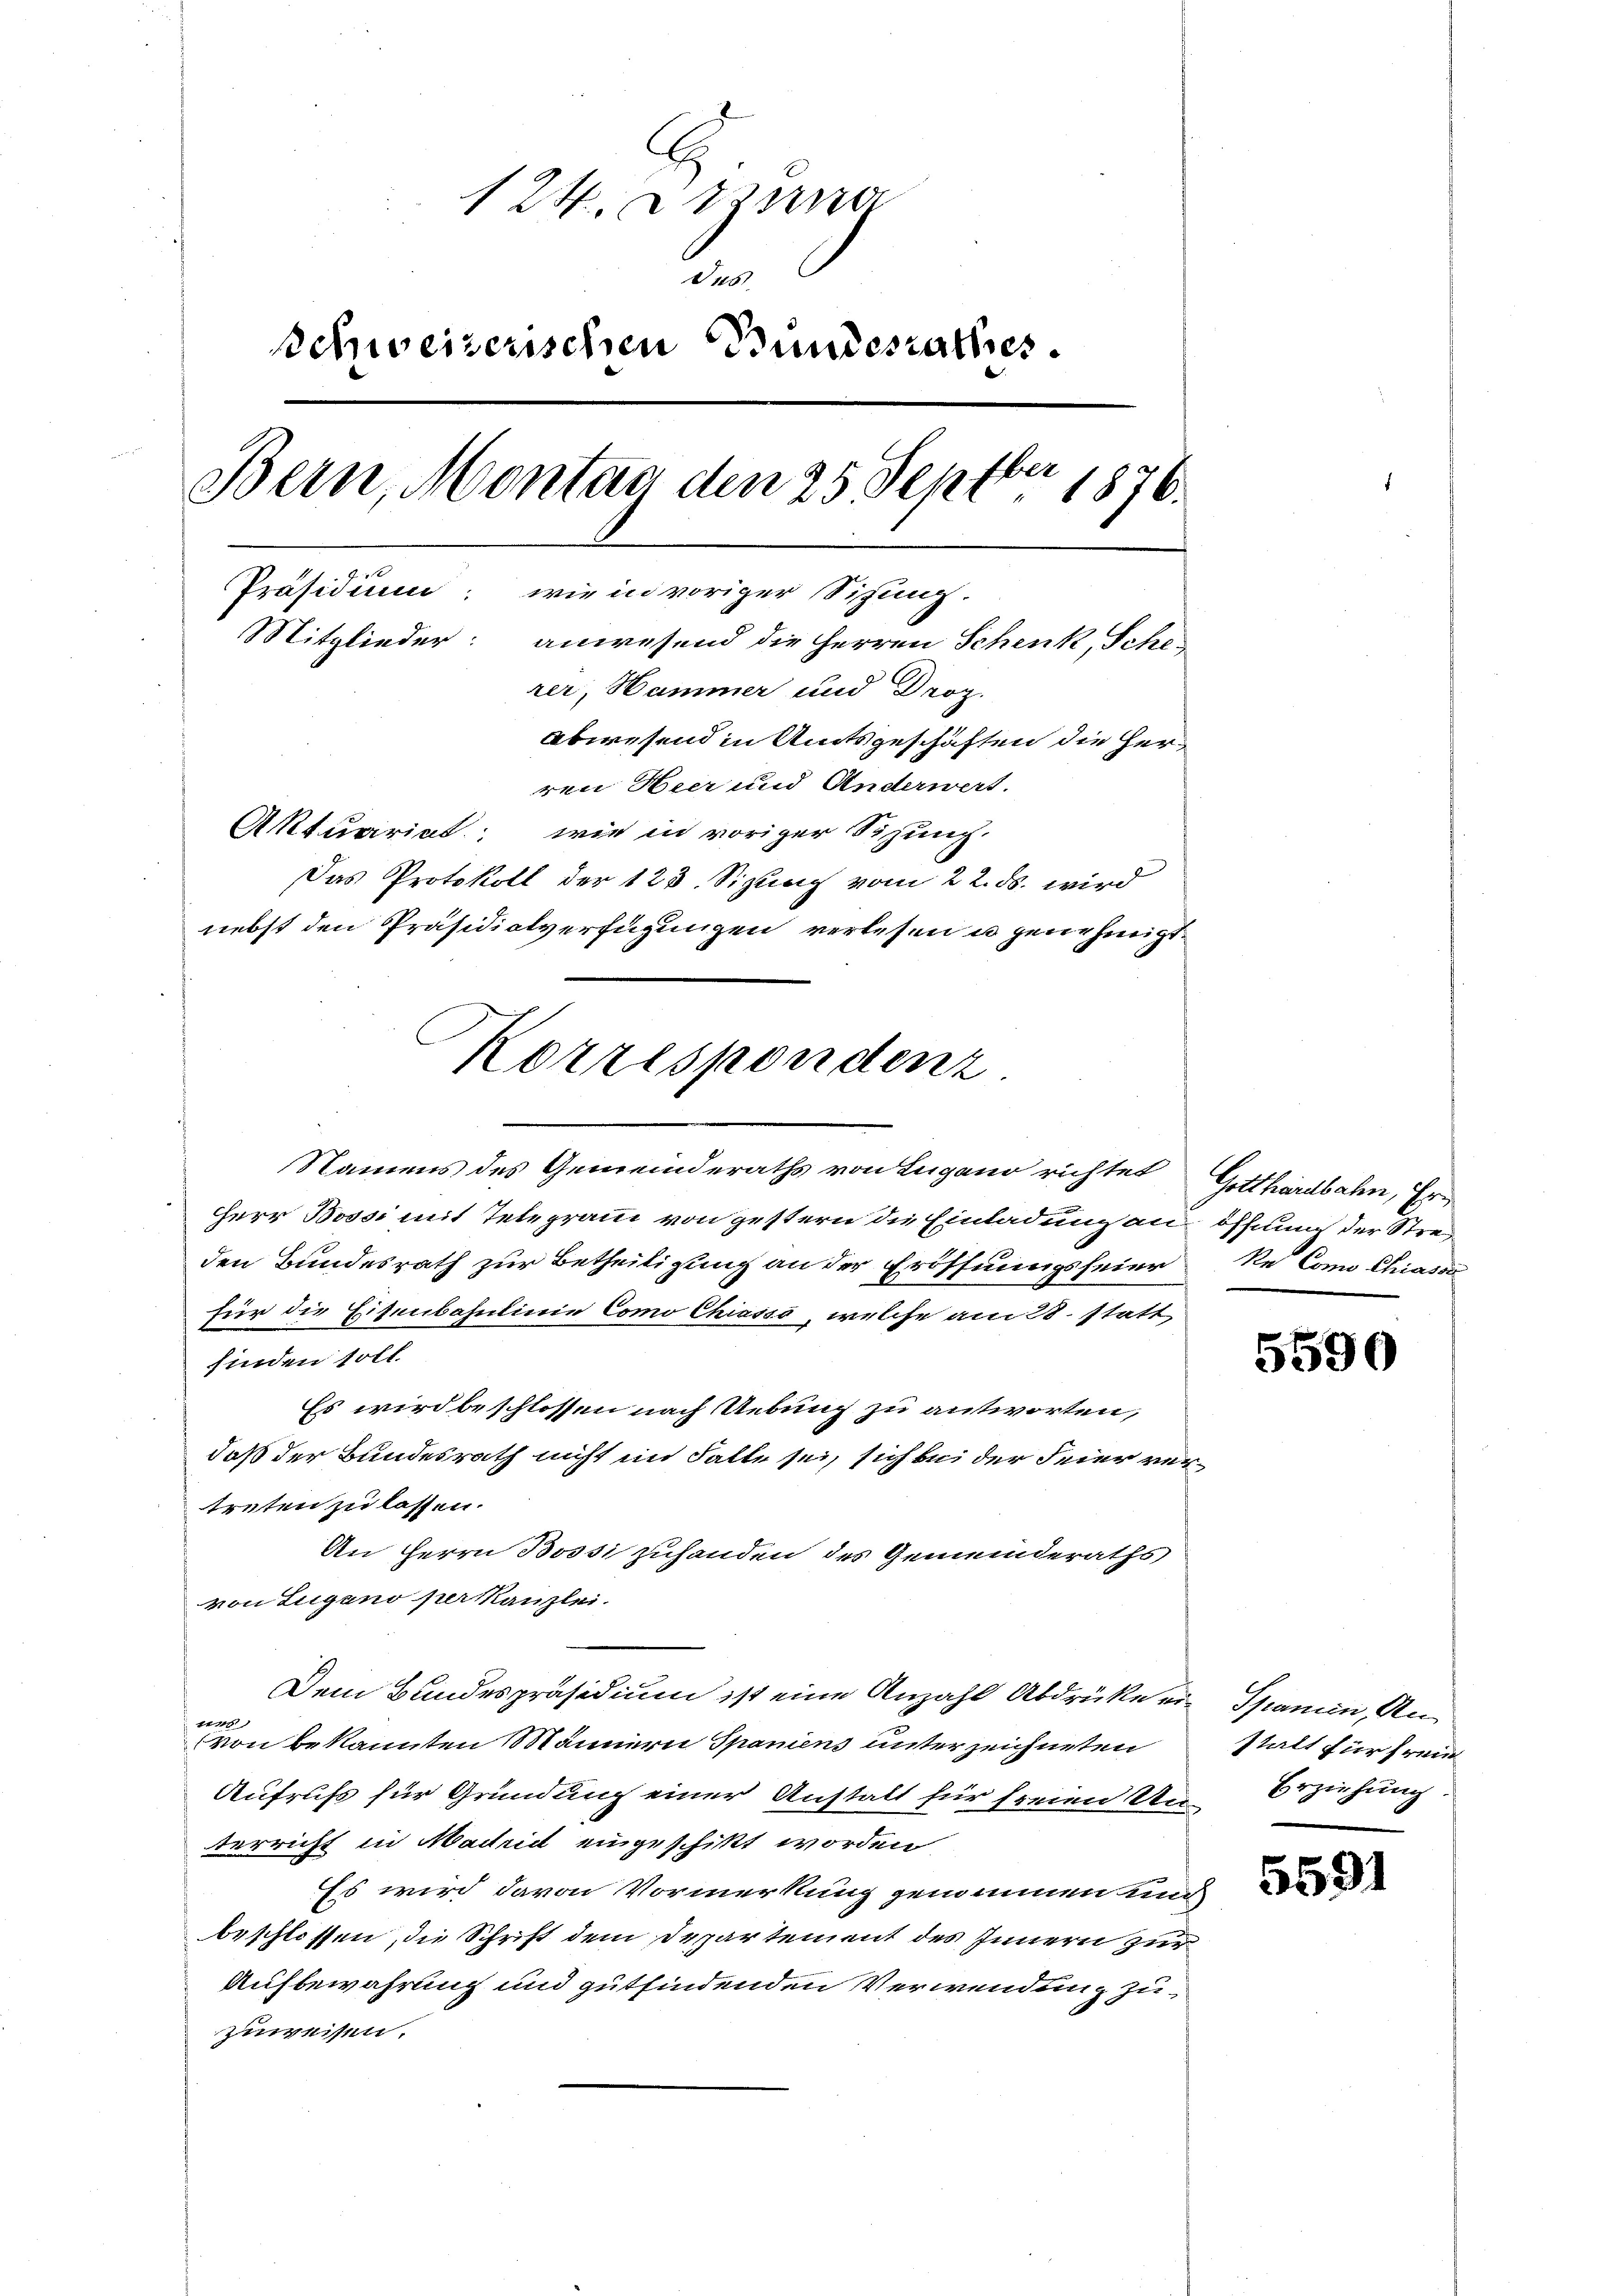
12. Dierna
46
schweiserischen Bundesrathes.
Eber
Bern, Montag den 25 Sept. 1876.
n
Präsidium, wie in voriger Situng.
Mitglieder: anwesend die Herren Schenk, Sche-
rer, Hammer und Droz.
Abwesend in Amtsgeschäften die Herren Heer und Anderwert.
Aktuariat, wie in voriger Sitzung.
Das Protokoll der 123. Sizung vom 22. ds. wird
nebst den Präsidialverfügungen verlesen u genehmigt.

Namens des Gemeinderaths von Lugano richtet
Herr Bossi mit Telegram von gestern die Einladung an öffnung der Streden Bundesrath zur Betheiligung an der Eröffnungsfeier
für die Eisenbahnlinie Como Chiasso, welche am 28. statt
finden soll.
Es wird beschlossen nach Uebung zu antworten,
daß der Bundesrath nicht im Falle sei, sich bei der Feier vertreten zu lassen.
An Herrn Bossi zuhanden des Gemeinderaths
von Lugano per kanzlei.
Dem Bundespräsidium ist eine Anzahl Abdrüke ein Spanien, An¬
 en
von bekannten Männern Spaniens unterzeichneten
Aufrufs für Gründung einer Anstalt für freien Un-Erziehung
terricht in Madridt eingeschikt worden
Es wird davon Vormerkung genommen und
beschlossen, die Schrift dem Departement des Innern zur
Aufbewahrung und gutfindenden Verwendung zuzuweisen.

Korrespondenz

Gotthardbahn, Er¬
Ne Como Chiasse

5590

stalt für freie

5591